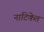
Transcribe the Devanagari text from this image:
नाटिकेत